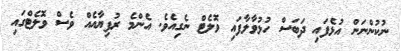
ނުކުންނަން އުޅެފައި ދަބަސް ހުޅުވާލާފައި ވޮލެޓް ނެގިއެވެ. އެންމެ ރުފިޔާއެއް ވެސް ވޮލެޓްގައި